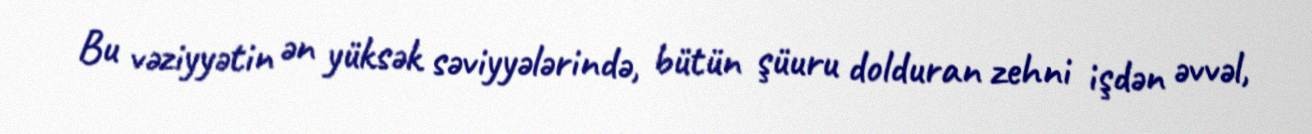
Bu vəziyyətin ən yüksək səviyyələrində, bütün şüuru dolduran zehni işdən əvvəl,